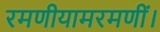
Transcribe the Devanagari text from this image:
रमणीयामरमणीं।